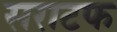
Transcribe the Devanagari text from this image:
सराटफ